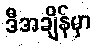
ဒီအချိန်မှာ